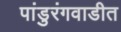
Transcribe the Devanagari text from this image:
पांडुरंगवाडीत